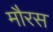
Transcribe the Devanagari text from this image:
मौरस